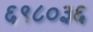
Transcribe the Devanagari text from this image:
६९८०३६